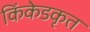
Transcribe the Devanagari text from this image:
किंकेडकृत